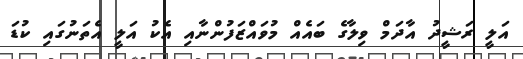
އަލީ ރަޝީދު އާދަމް ވިލާގެ ބައެއް މުވައްޒަފުންނާއި އެކު އަލީ އެތަނުގައި ކުޑަ